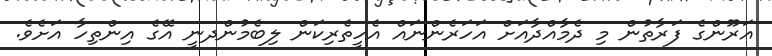
އަރޫންގެ ފަރާތުން މި ދެމާއްދާއަށް އަހަރެންނައް އެހީތެރިކަން ލިބެމުންދނީ އޭގެ އިންތިހާ އަށެވެ.